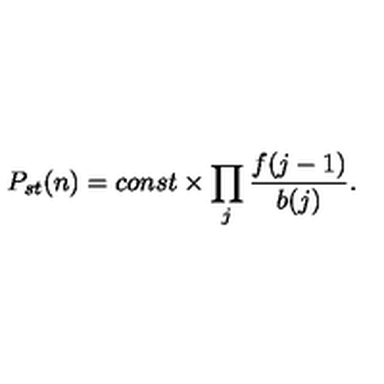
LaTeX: P _ { s t } ( n ) = c o n s t \times \prod _ { j } \frac { f ( j - 1 ) } { b ( j ) } .